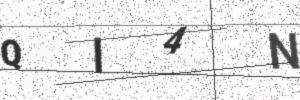
Text: QI4N